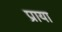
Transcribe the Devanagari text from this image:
प्राया